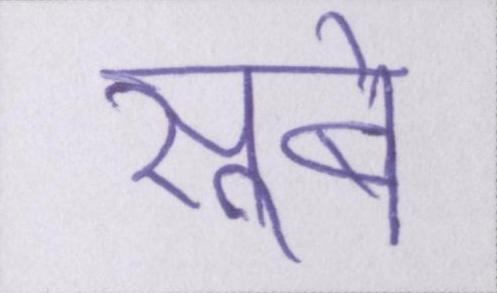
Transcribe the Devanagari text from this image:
सूबे